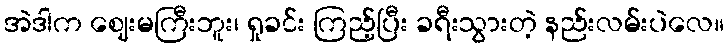
အဲဒါက ဈေးမကြီးဘူး၊ ရှုခင်း ကြည့်ပြီး ခရီးသွားတဲ့ နည်းလမ်းပဲလေ။